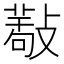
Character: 𢿩